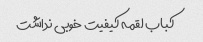
کباب لقمه کیفیت خوبی نداشت